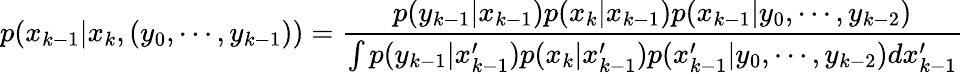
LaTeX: p(x_{k-1}|x_{k},(y_{0},\cdots,y_{k-1}))={\frac{p(y_{k-1}|x_{k-1})p(x_{k}|x_{k-1})p(x_{k-1}|y_{0},\cdots,y_{k-2})}{\int p(y_{k-1}|x_{k-1}^{\prime})p(x_{k}|x_{k-1}^{\prime})p(x_{k-1}^{\prime}|y_{0},\cdots,y_{k-2})dx_{k-1}^{\prime}}}